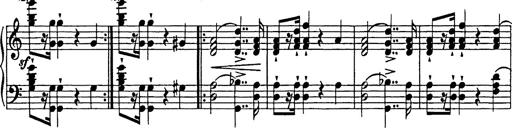
Title: Festmarsch zur SÃ¤cularfeier von Goethes Geburtstag
Composer: Franz Liszt